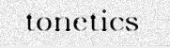
tonetics